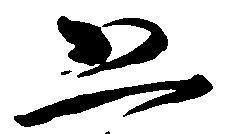
恐